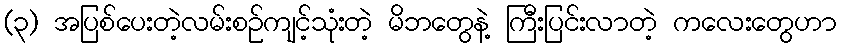
(၃) အပြစ်ပေးတဲ့လမ်းစဉ်ကျင့်သုံးတဲ့ မိဘတွေနဲ့ ကြီးပြင်းလာတဲ့ ကလေးတွေဟာ